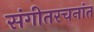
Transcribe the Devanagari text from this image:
संगीतरचनांत